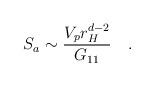
LaTeX: \begin{align*}S_a \sim {\frac{V_pr_H^{d-2}}{G_{11}}} \quad .\end{align*}